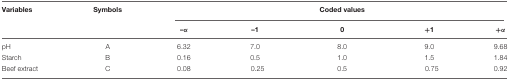
| Variables | Symbols |  |  | Coded values |  |  |
 |  |  | –α | –1 | 0 | +1 | +α |
 | --- | --- | --- | --- | --- | --- | --- |
 | pH | A | 6.32 | 7.0 | 8.0 | 9.0 | 9.68 |
 | Starch | B | 0.16 | 0.5 | 1.0 | 1.5 | 1.84 |
 | Beef extract | C | 0.08 | 0.25 | 0.5 | 0.75 | 0.92 |